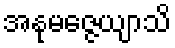
အနုမဇ္ဇေယျာသိ